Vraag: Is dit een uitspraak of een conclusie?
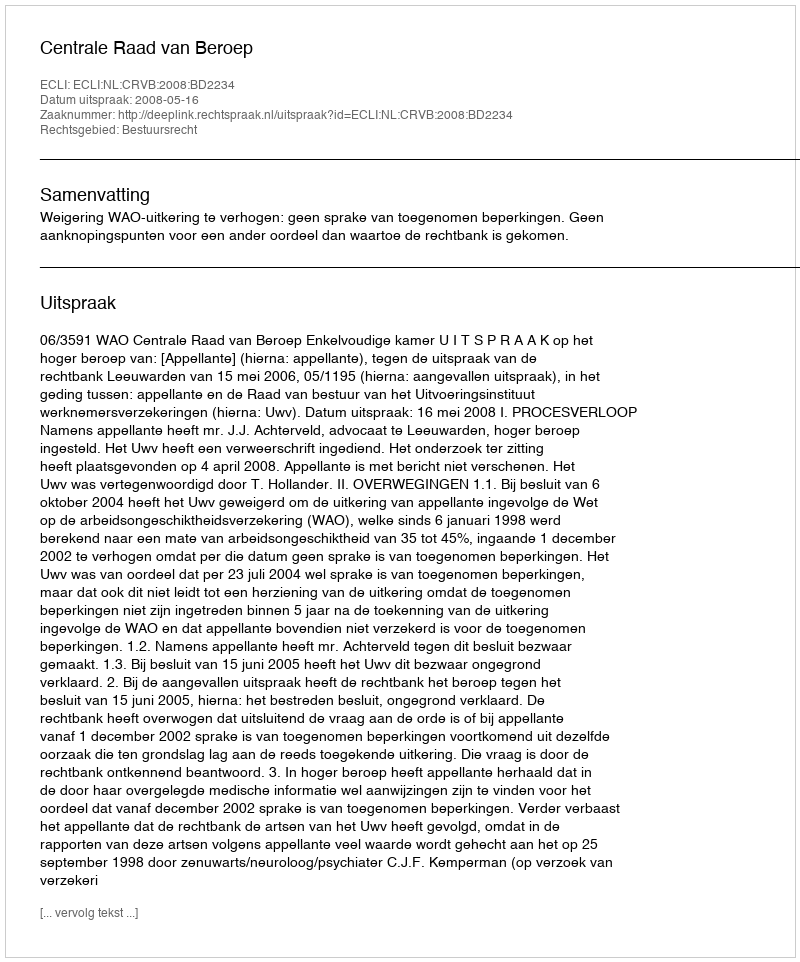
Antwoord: Uitspraak